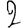
Digit: 2